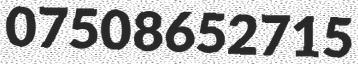
07508652715